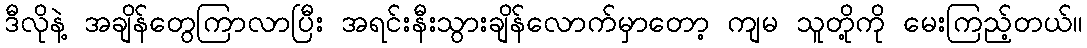
ဒီလိုနဲ့ အချိန်တွေကြာလာပြီး အရင်းနီးသွားချိန်လောက်မှာတော့ ကျမ သူတို့ကို မေးကြည့်တယ်။